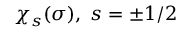
\chi _ { s } ( \sigma ) , \; s = \pm 1 / 2